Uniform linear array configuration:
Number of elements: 8
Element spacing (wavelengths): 1
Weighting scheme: binomial
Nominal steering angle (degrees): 45
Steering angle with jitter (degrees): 44.726
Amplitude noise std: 0.05
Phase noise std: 0.05

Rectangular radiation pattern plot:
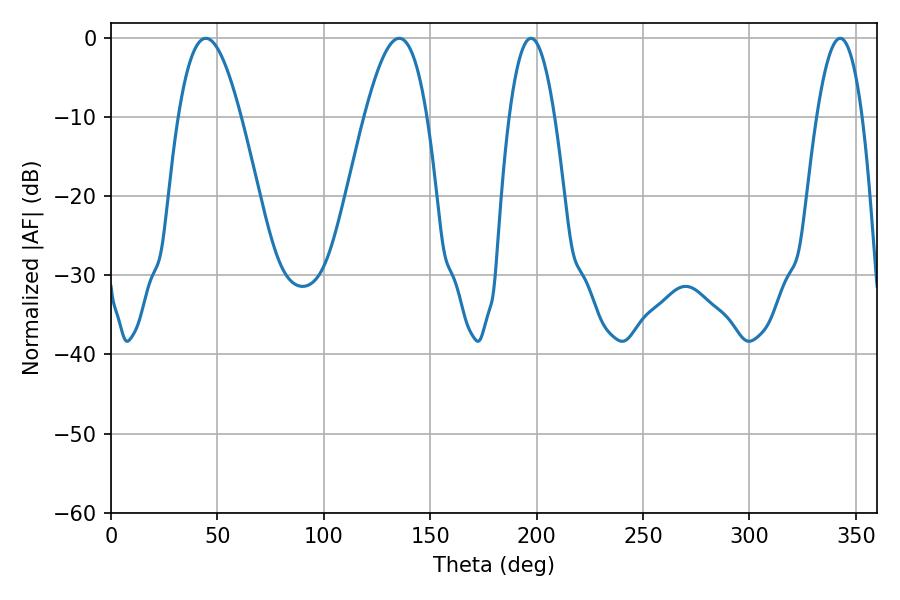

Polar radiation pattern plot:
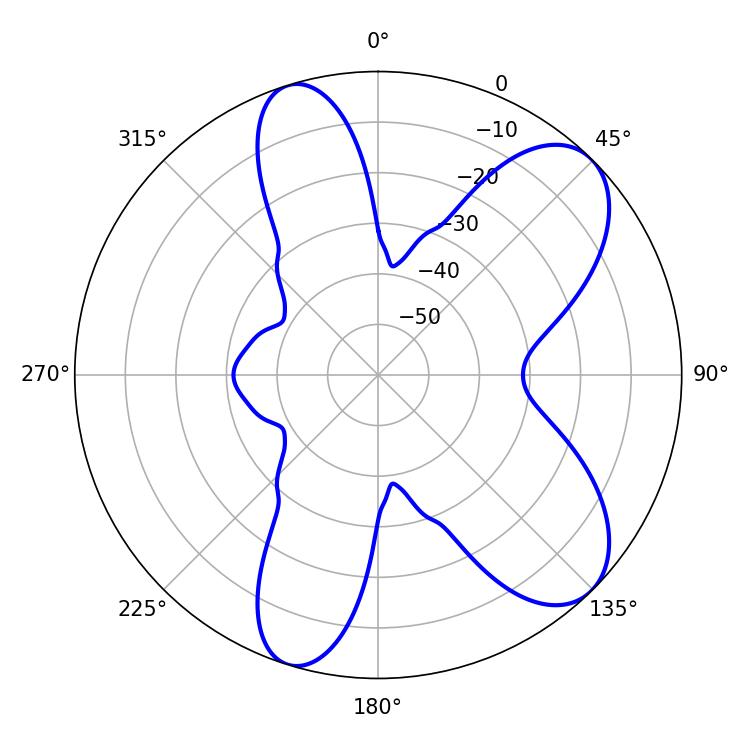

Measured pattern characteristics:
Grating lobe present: TRUE
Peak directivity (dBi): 8.293
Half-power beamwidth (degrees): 16.02
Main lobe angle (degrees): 44.64